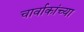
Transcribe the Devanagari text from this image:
चार्वाकांच्या